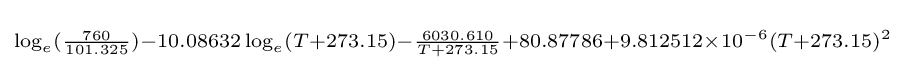
\scriptstyle \log _{e}({\frac {760}{101.325}})-10.08632\log _{e}(T+273.15)-{\frac {6030.610}{T+273.15}}+80.87786+9.812512\times 10^{-6}(T+273.15)^{2}